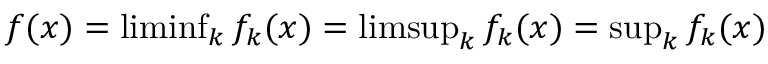
\textstyle f ( x ) = \operatorname* { l i m i n f } _ { k } f _ { k } ( x ) = \operatorname* { l i m s u p } _ { k } f _ { k } ( x ) = \operatorname* { s u p } _ { k } f _ { k } ( x )